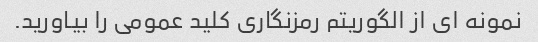
نمونه ای از الگوریتم رمزنگاری کلید عمومی را بیاورید.